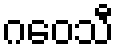
ဂဝေသီ